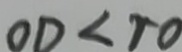
O D < T O